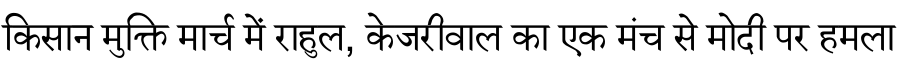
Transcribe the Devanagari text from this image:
किसान मुक्ति मार्च में राहुल, केजरीवाल का एक मंच से मोदी पर हमला